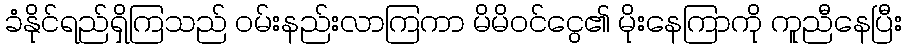
ခံနိုင်ရည်ရှိကြသည် ဝမ်းနည်းလာကြကာ မိမိဝင်ငွေ၏ မိုးနေကြာကို ကူညီနေပြီး